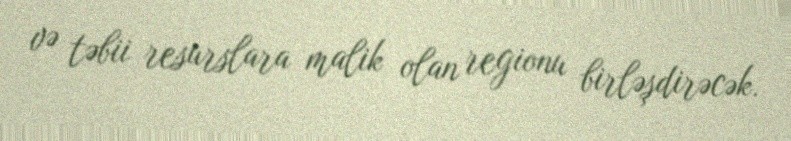
və təbii resurslara malik olan regionu birləşdirəcək.